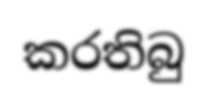
කරතිබු